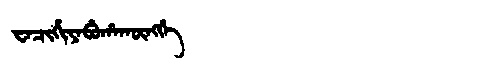
Manchu: ᠸᠠᠴᡳᡥᡳᠶᠠᠪᡠᡥᠠᡴᡡᠩᡤᡝ
Romanization: WACIHIYABUHAKŪNGGE